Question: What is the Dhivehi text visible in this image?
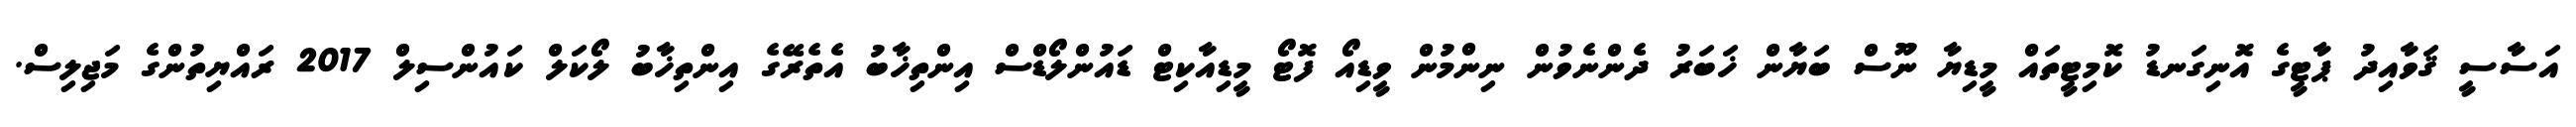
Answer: އަސާސީ ޤަވާއިދު ޕާޓީގެ އޮނިގަނޑު ކޮމިޓީތައް މީޑިޔާ ނޫސް ބަޔާން ޚަބަރު ދެންނެވުން ނިންމުން ވީޑިއޯ ފޮޓޯ މީޑިއާކިޓް ޑައުންލޯޑްސް އިންތިޚާބު އެތެރޭގެ އިންތިޚާބު ލޯކަލް ކައުންސިލް 2017 ރައްޔިތުންގެ މަޖިލިސް.